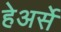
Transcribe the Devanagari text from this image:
हेअर्से